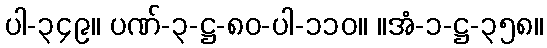
ပါ-၃၄၉။ ပဏ်-၃-ဋ္ဌ-၈၀-ပါ-၁၁၀။ ။အံ-၁-ဋ္ဌ-၃၅၈။